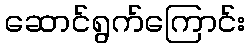
ဆောင်ရွက်ကြောင်း